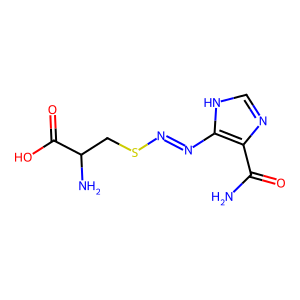
SMILES: NC(=O)c1nc[nH]c1N=NSCC(N)C(=O)O
Inhibits HIV replication: No